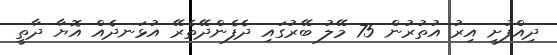
ދިއްފުށީ އިރު އުތުރުން 75 މޭލު ބޭރުގައި ދެފެންދޭތެރޭ އުޅަނދެއް އޮޔާ ދާތީ